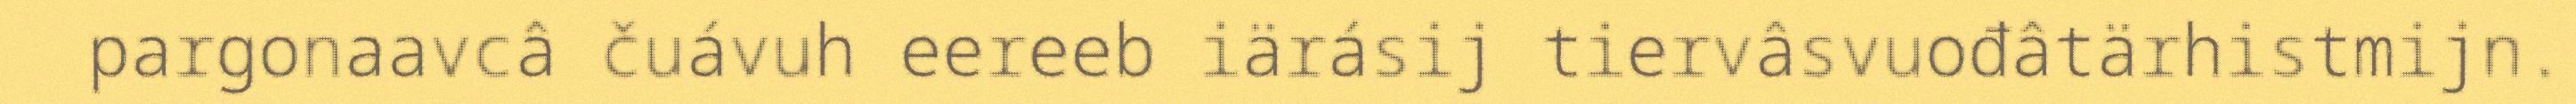
pargonaavcâ čuávuh eereeb iärásij tiervâsvuođâtärhistmijn.